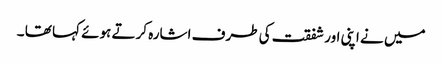
میں نے اپنی اور شفقت کی طرف اشارہ کرتے ہوئے کہا تھا ۔